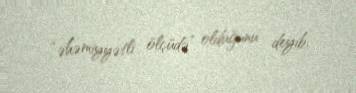
“əhəmiyyətli ölçüdə” olduğunu deyib.